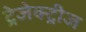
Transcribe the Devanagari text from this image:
ट्रेजेक्ट्रीज